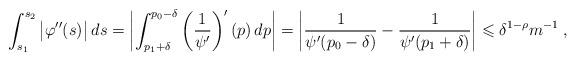
LaTeX: \begin{align*} \int_{s_1}^{s_2} \big| \varphi''(s) \big| \, ds = \left| \int_{p_1 + \delta}^{p_0-\delta} \left( \frac{1}{\psi'} \right)'(p) \, dp \right| = \left| \frac{1}{\psi'(p_0 - \delta)} - \frac{1}{\psi'(p_1 + \delta)} \right| \leqslant \delta^{1-\rho} m^{-1} \; ,\end{align*}